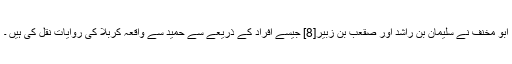
ابو مخنف نے سلیمان بن راشد اور صقعب بن زبیر[8] جیسے افراد کے ذریعے سے حمید سے واقعہ کربلا کی روایات نقل کی ہیں ۔